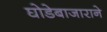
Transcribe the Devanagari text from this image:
घोडेबाजाराने